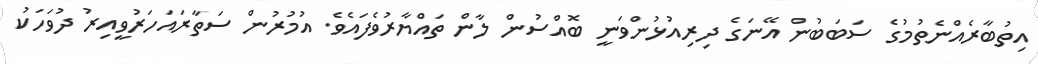
އިތުބާރެއްނެތުމުގެ ސަބަބުން އޭނަގެ ދިރިއުޅުންވަނީ ބޮއްސުން ލާން ތައްޔާރުވެފައެވެ. އުމުރުން ސަތާރައަހަރުވީއިރު ދުވަހަކު